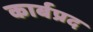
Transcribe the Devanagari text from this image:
कार्बप्रद